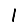
Digit: 1